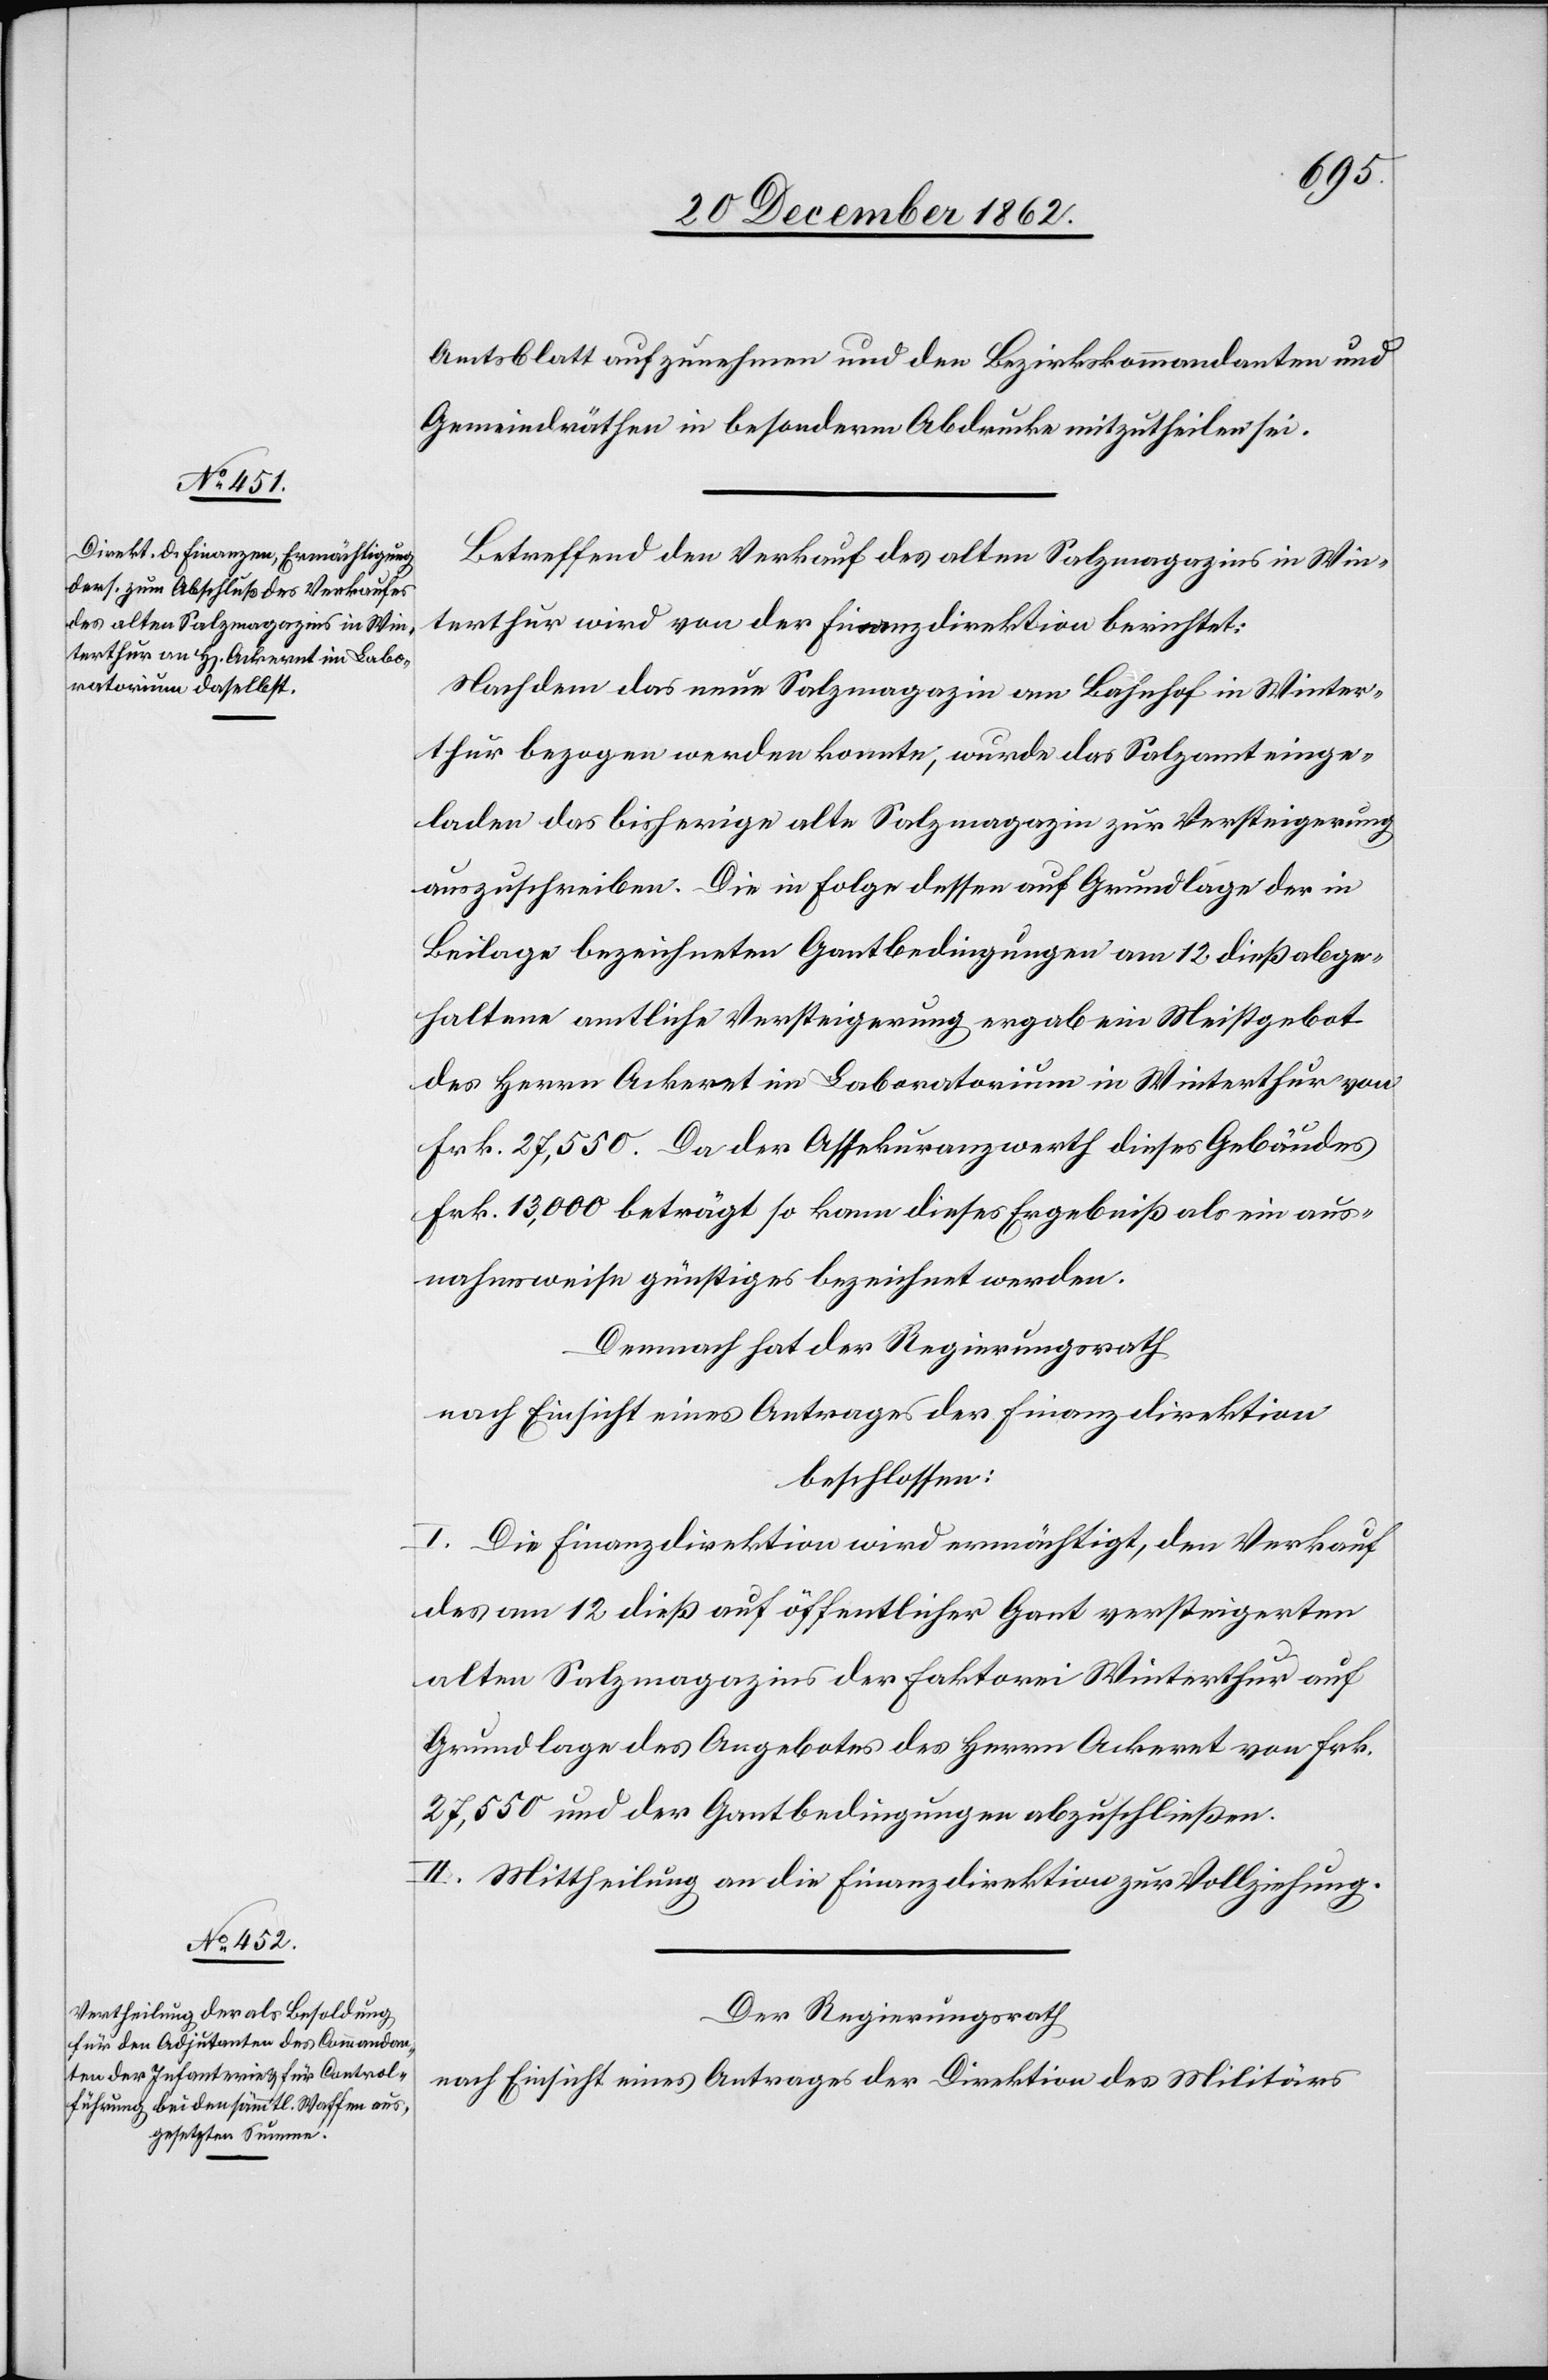
Amtsblatt auf zunehmen und den Bezirkskommandanten und
Gemeindräthen in besonderm Abdrucke mitzutheilen sei.
Betreffend den Verkauf des alten Salzmagazins in Win¬
terthur wird von der Finanzdirektion berichtet:
Nachdem das neue Salzmagazin am Bahnhof in Winter¬
thur bezogen werden konnte, wurde das Salzamt einge¬
laden das bisherige alte Salzmagazin zur Versteigerung
auszuschreiben. Die in Folge dessen auf Grundlage der in
Beilage bezeichneten Gantbedingungen am 12. dieß abge¬
haltene amtliche Versteigerung ergab ein Meistgebot
des Herrn Ackeret im Laboratorium in Winterthur von
Frk. 27,550. Da der Assekuranzwerth dieses Gebäudes
Frk. 13,000 beträgt so kann dieses Ergebniß als ein aus¬
nahmsweise günstiges bezeichnet werden.
Demnach hat der Regierungsrath
nach Einsicht eines Antrages der Finanzdirektion
beschlossen:
I. Die Finanzdirektion wird ermächtigt, den Verkauf
des am 12. dieß auf öffentlicher Ganz versteigerten
alten Salzmagazins der Faktorei Winterthur auf
Grundlage des Angebotes des Herrn Ackeret von Frk.
27,550 und der Gantbedingungen abzuschließen.
II. Mittheilung an die Finanzdirektion zur Vollziehung.
Der Regierungsrath
nach Einsicht eines Antrages der Direktion des Militärs